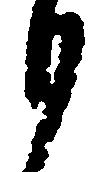
も